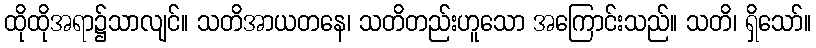
ထိုထိုအရာ၌သာလျင်။ သတိအာယတနေ၊ သတိတည်းဟူသော အကြောင်းသည်။ သတိ၊ ရှိသော်။